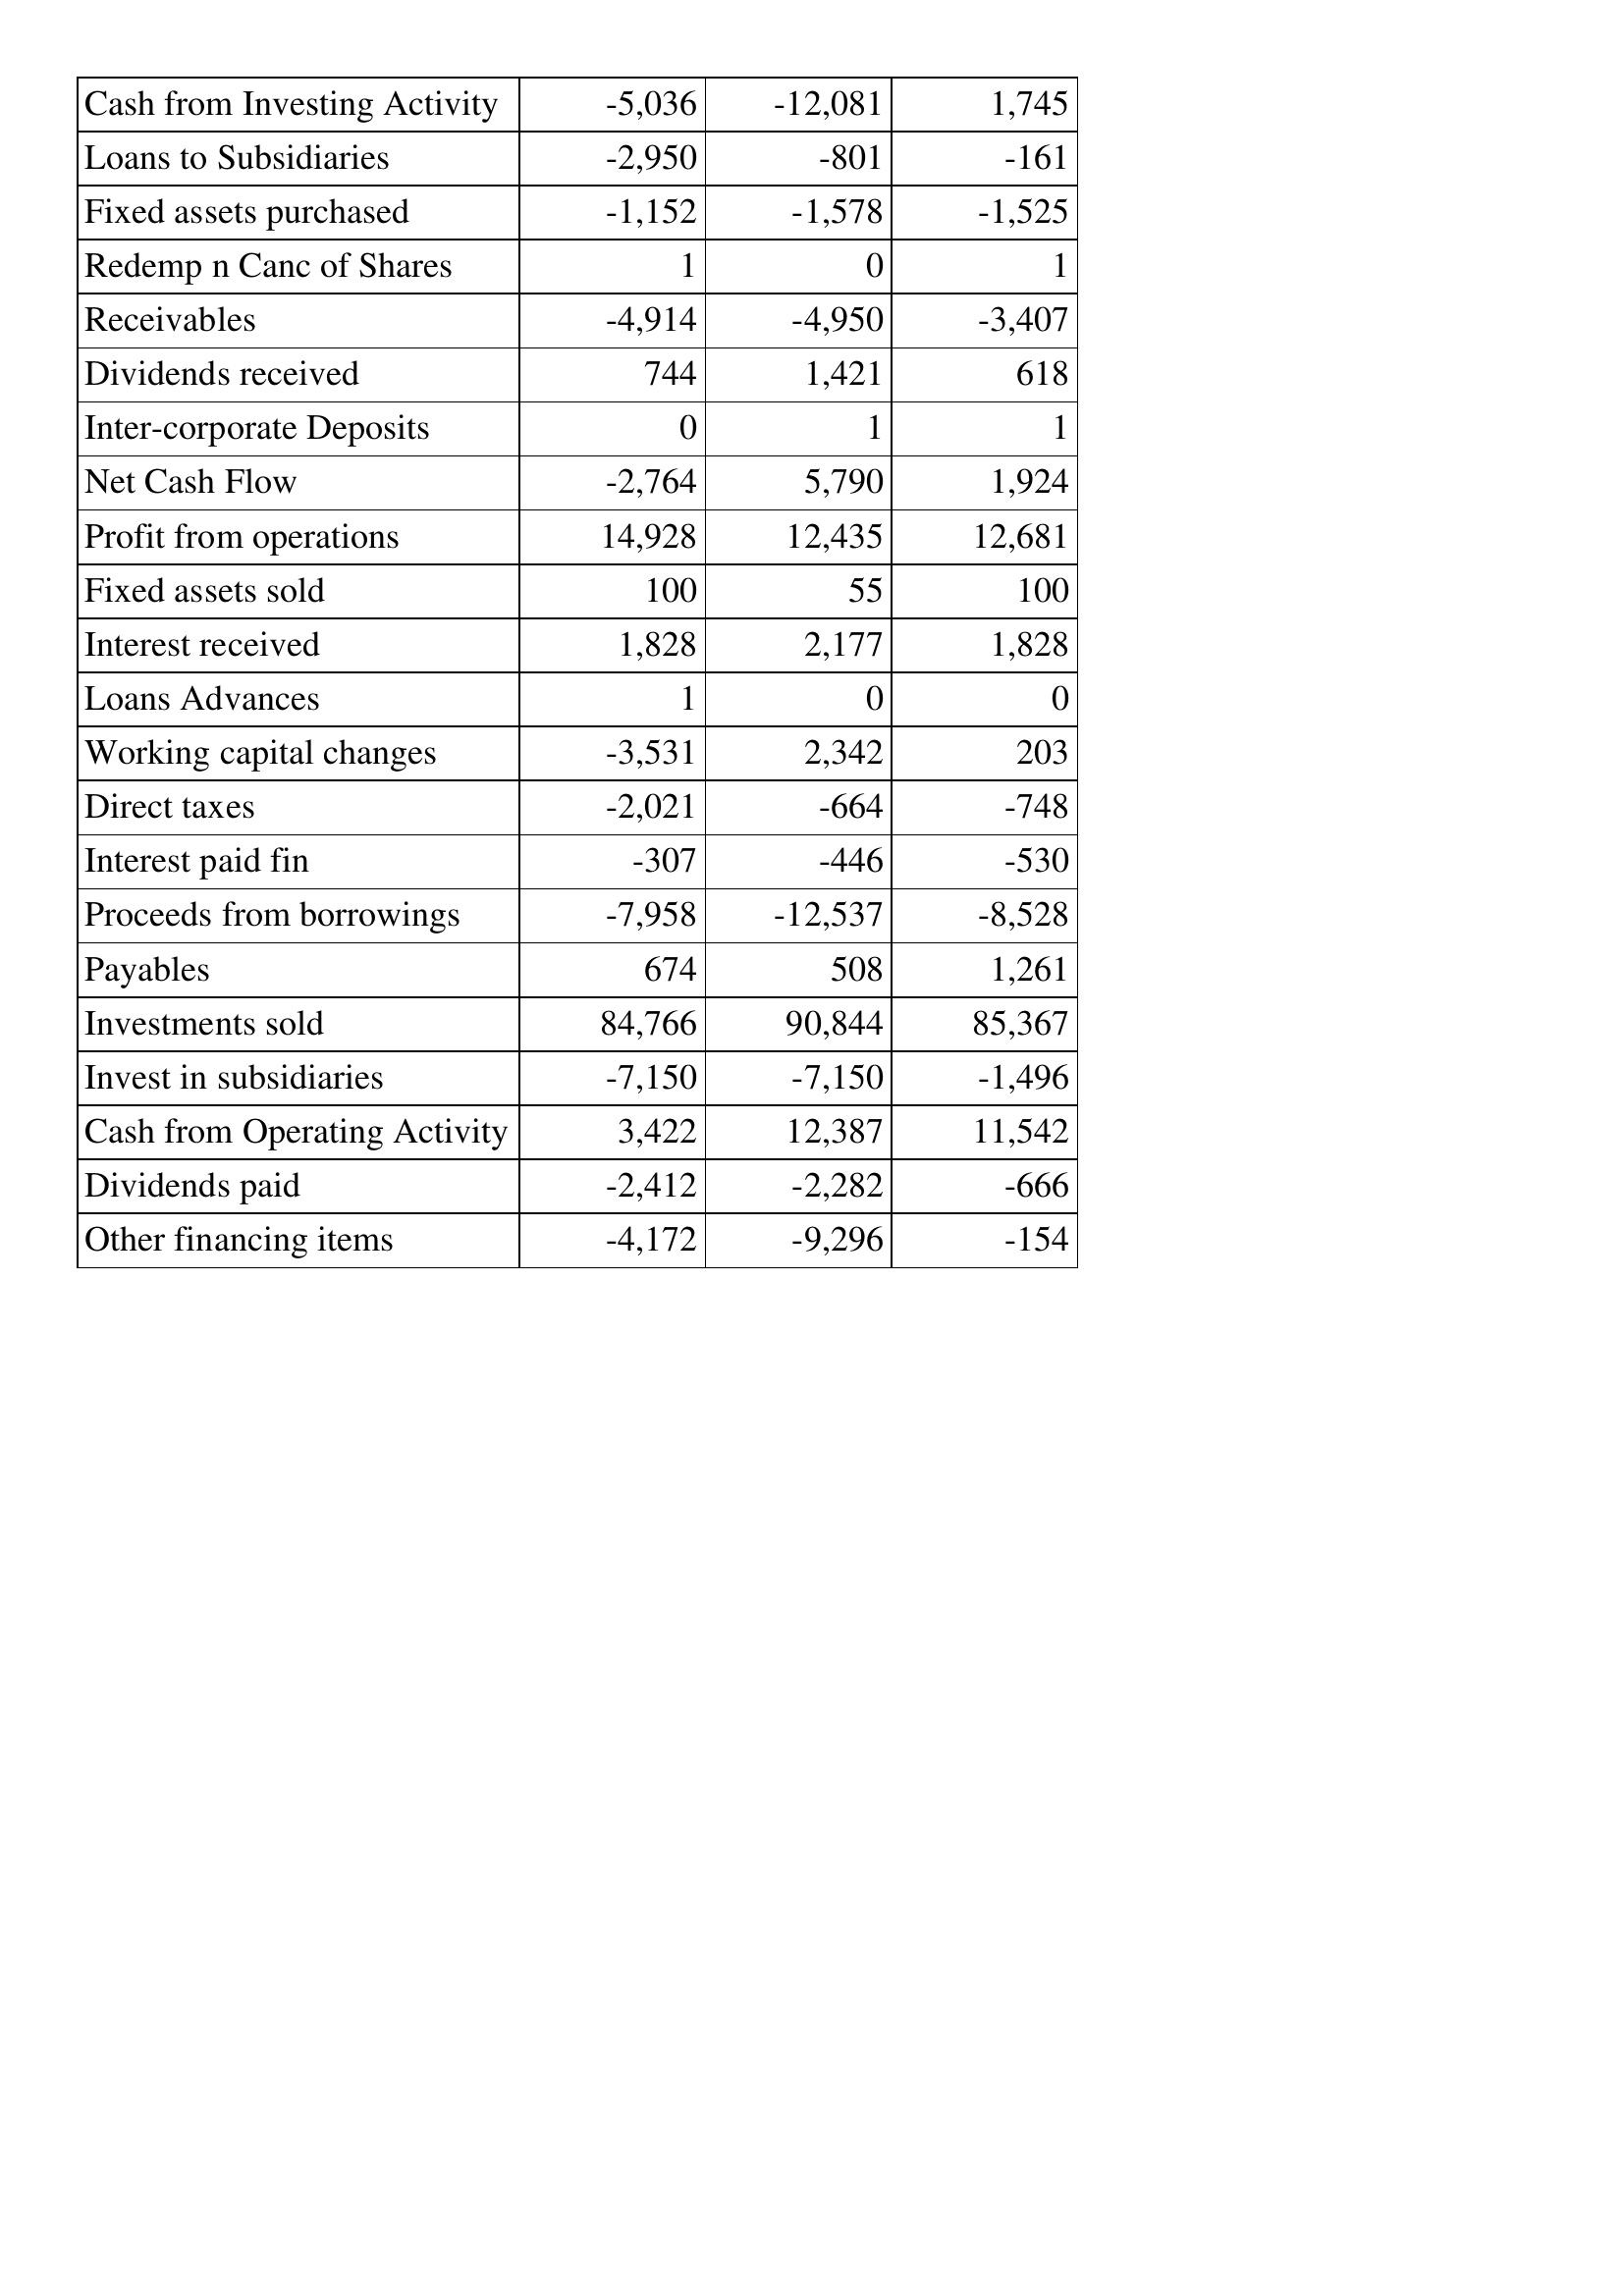
Sep-09: Cash Flows: Cash from Investing Activity: -5,036
Loans to Subsidiaries: -2,950
Fixed assets purchased: -1,152
Redemp n Canc of Shares: 1
Receivables: -4,914
Dividends received: 744
Inter-corporate Deposits: 0
Net Cash Flow: -2,764
Profit from operations: 14,928
Fixed assets sold: 100
Interest received: 1,828
Loans Advances: 1
Working capital changes: -3,531
Direct taxes: -2,021
Interest paid fin: -307
Proceeds from borrowings: -7,958
Payables: 674
Investments sold: 84,766
Invest in subsidiaries: -7,150
Cash from Operating Activity: 3,422
Dividends paid: -2,412
Other financing items: -4,172
Sep-08: Cash Flows: Cash from Investing Activity: -12,081
Loans to Subsidiaries: -801
Fixed assets purchased: -1,578
Redemp n Canc of Shares: 0
Receivables: -4,950
Dividends received: 1,421
Inter-corporate Deposits: 1
Net Cash Flow: 5,790
Profit from operations: 12,435
Fixed assets sold: 55
Interest received: 2,177
Loans Advances: 0
Working capital changes: 2,342
Direct taxes: -664
Interest paid fin: -446
Proceeds from borrowings: -12,537
Payables: 508
Investments sold: 90,844
Invest in subsidiaries: -7,150
Cash from Operating Activity: 12,387
Dividends paid: -2,282
Other financing items: -9,296
Sep-07: Cash Flows: Cash from Investing Activity: 1,745
Loans to Subsidiaries: -161
Fixed assets purchased: -1,525
Redemp n Canc of Shares: 1
Receivables: -3,407
Dividends received: 618
Inter-corporate Deposits: 1
Net Cash Flow: 1,924
Profit from operations: 12,681
Fixed assets sold: 100
Interest received: 1,828
Loans Advances: 0
Working capital changes: 203
Direct taxes: -748
Interest paid fin: -530
Proceeds from borrowings: -8,528
Payables: 1,261
Investments sold: 85,367
Invest in subsidiaries: -1,496
Cash from Operating Activity: 11,542
Dividends paid: -666
Other financing items: -154